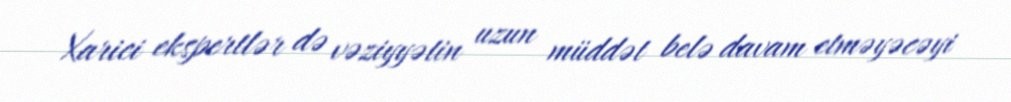
Xarici ekspertlər də vəziyyətin uzun müddət belə davam etməyəcəyi